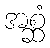
အစ္ဆံ